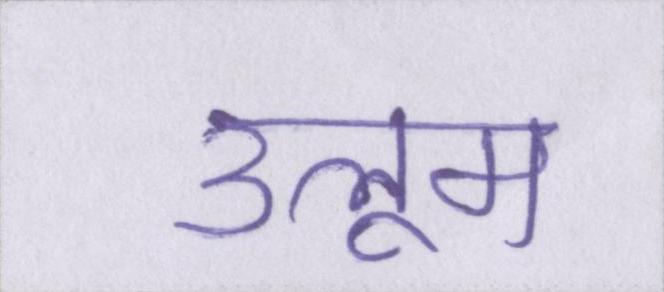
उलूम